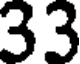
33